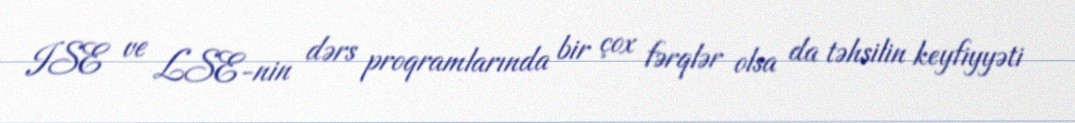
ISE ve LSE-nin dərs proqramlarında bir çox fərqlər olsa da təhsilin keyfiyyəti